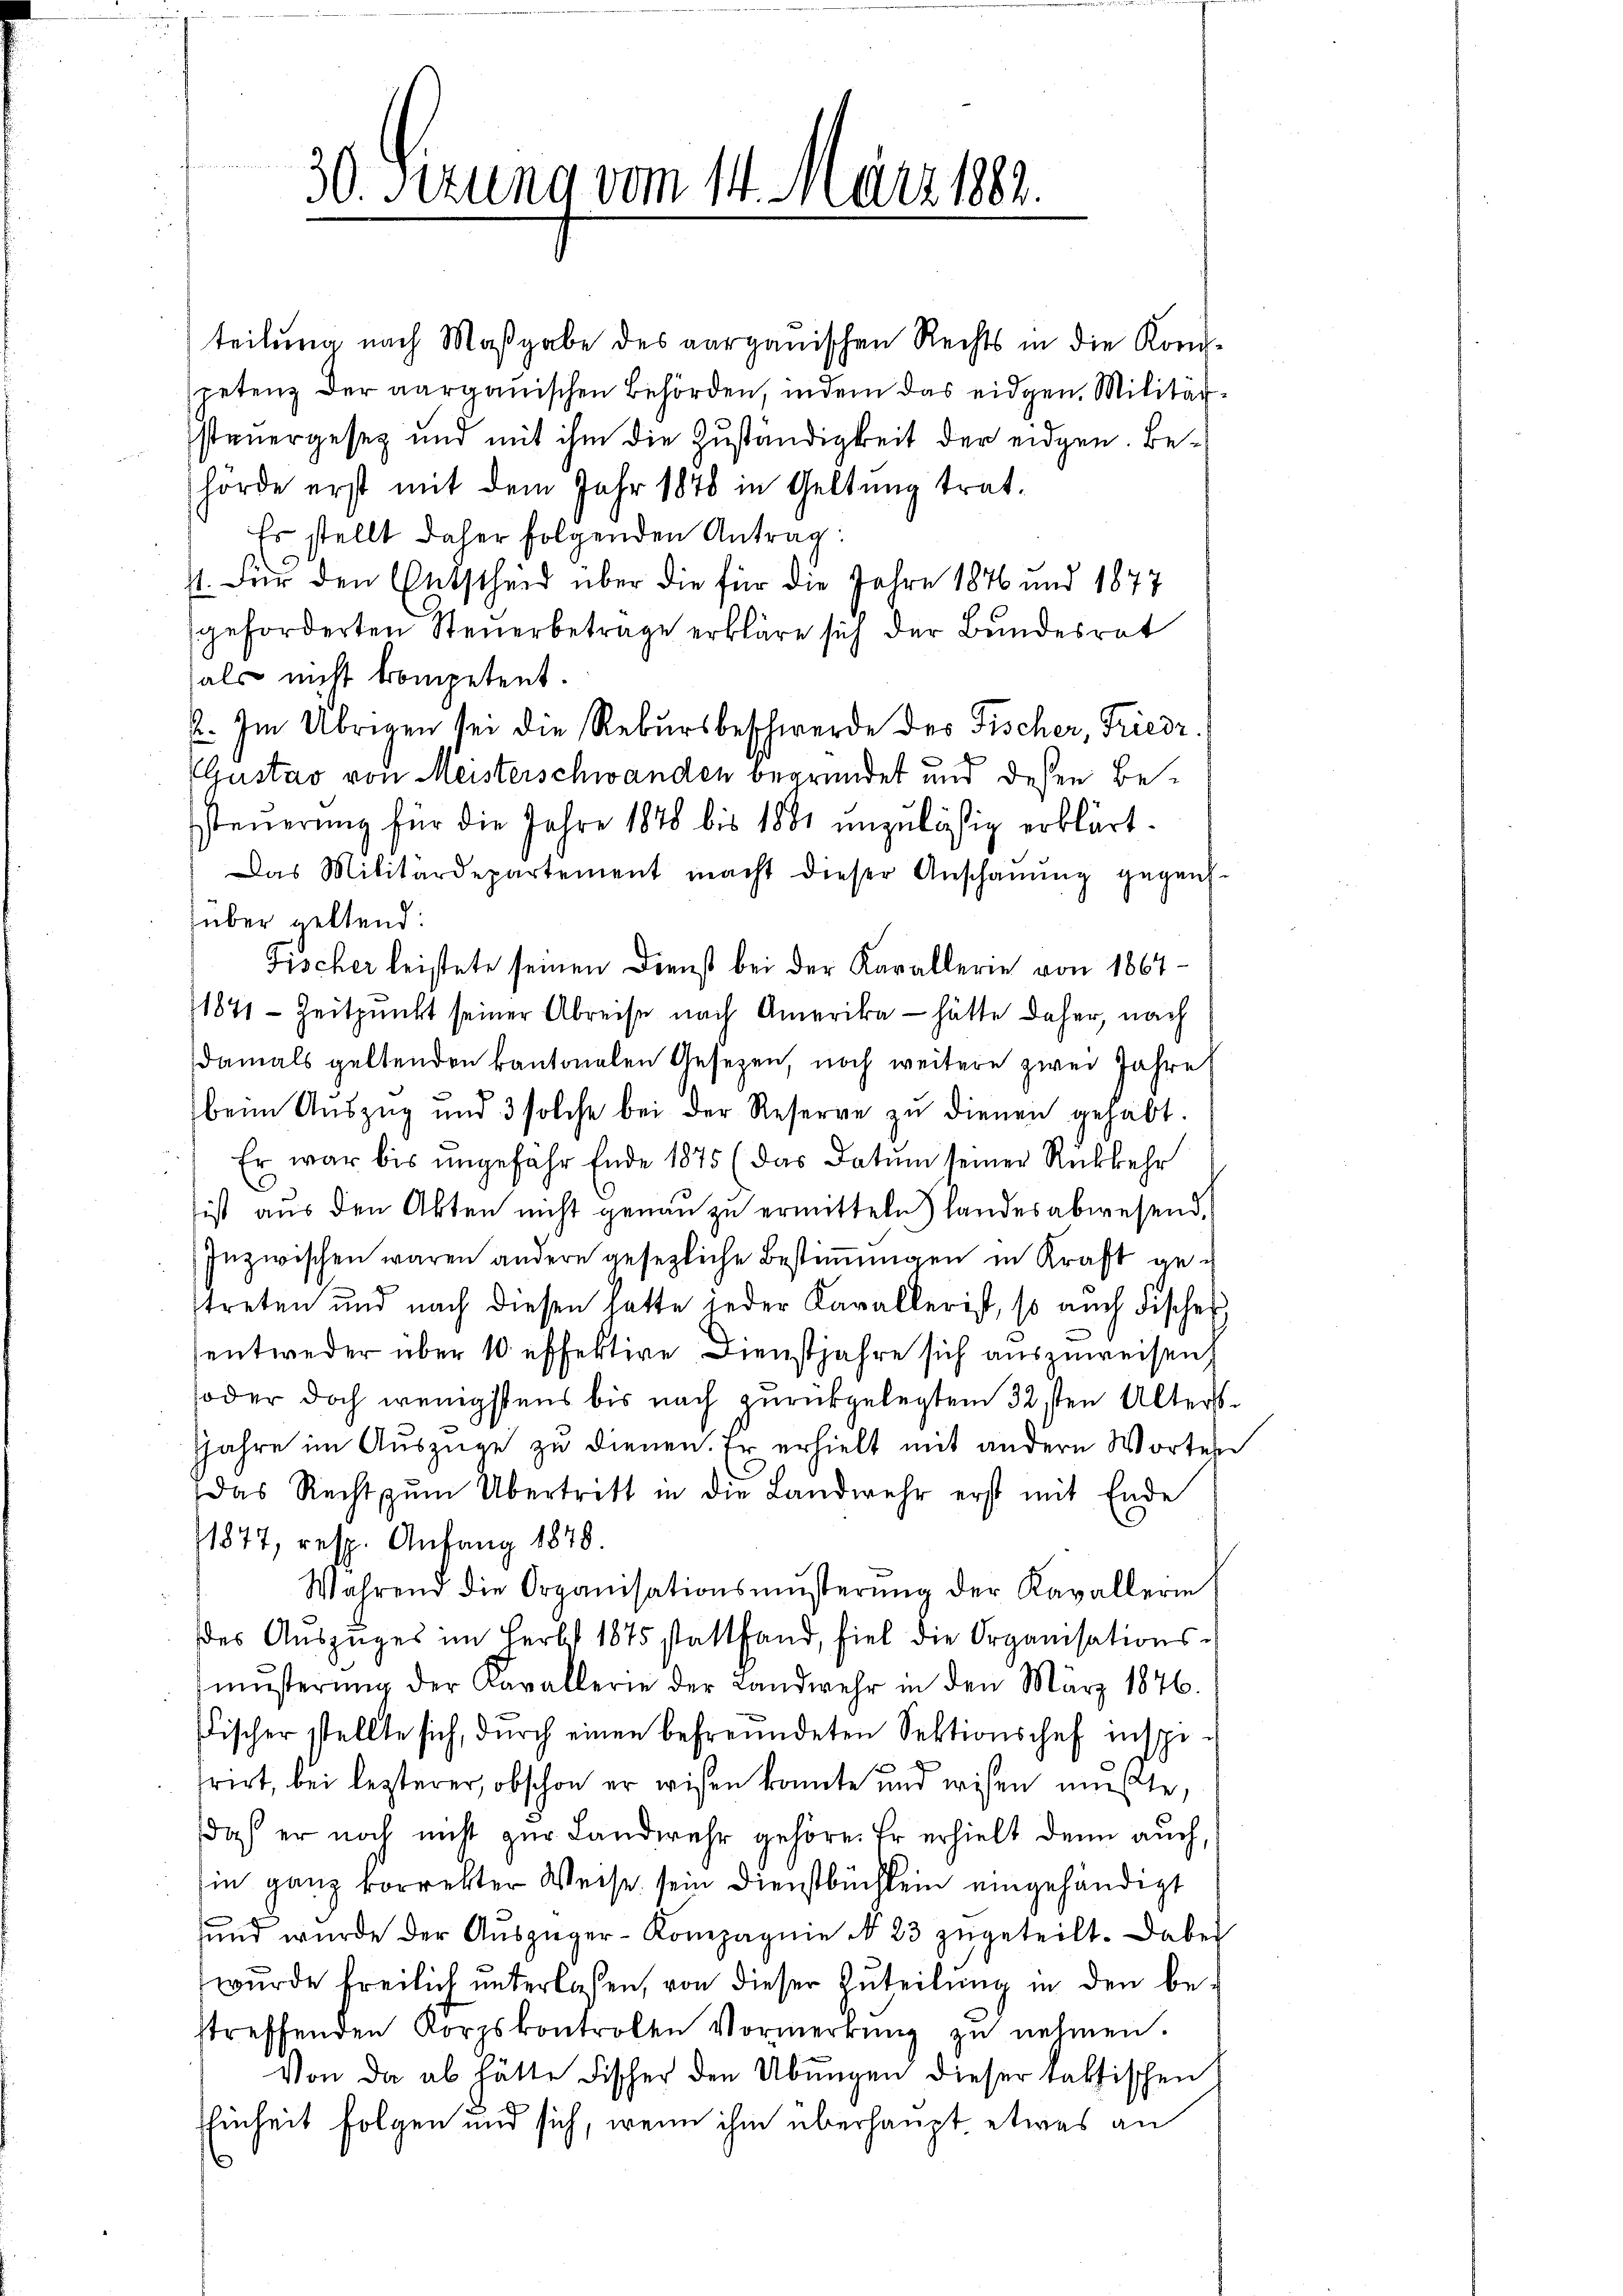
30. Sizung vom 14. März 1882.

teilung nach Maßgabe des aarganischen Rechts in die Konspetenz der aargauischen Behörden, indem das eidgen. Militarsteuergesetz und mit ihm die Zuständigkeit der eidgen. Behörde erst mit dem Jahr 1848 in Geltung trat.
Es stellt daher folgenden Antrag:
41. Für den Entscheid über die für die Jahre 1876 und 1877
geforderten Steuerbetrage erkläre sich der Bundesrat
als nicht kompetent.
2. Im Übrigen sei die Rekursbeschwerde des Fischer, Friedr.
Gustav von Meisterschwanden begründet und dessen Besteuerung für die Jahre 1848 bis 1881 unzulässig erklärt.
Das Militärdepartement macht dieser Anschauung gegens-
über geltend:
Fischer leistete seinen Dienst bei der Karallerie von 1867
1841 - Zeitpunkt seiner Abreise nach Amerika — hätte daher, nach
damals geltenden kantonalen Gesezen, noch weitere zwei Jahre
beim Aŭszŭg und 3 solche bei der Reserve zŭ dienen gehabt.
Er war bis ungefahr Ende 1875 (das Datum seiner Rückkehr
ist aus den Akten nicht genau zu ermitteln) landes abwesend,
Inzwischen waren andere gesezliche Bestimmungen in Kraft getreten und nach diesen hatte jeder Kavallerist, so auch Fisches
entweder über 10 effektive Dienstjahre sich auszuweisen
oder doch wenigstens bis nach zurückgelegten 32sten Alters¬
Jjahre im Auszüge zu dienen. Er erhielt mit andern Worten
Das Recht zŭm Übertrett in die Landwehr erst mit Ende
1877, resp. Anfang 1878.
Während die Organisationsmŭsterŭng der Kavallerin
des Auszuges im Herbst 1875 stattfand, fiel die Organisations-
müsterŭng der Kavallerie der Landwehr in den März 1876.
Fischer stellte sich, dŭrch einen befreundeten Sektionschef inspe-
rirt, bei lezterer, obschon er wissen konnte und wesen mußte,
doch er noch nicht zur Landwehr gehöre. Er erhielt denn auch,
in ganz korrekter Weise sein Dienstbuchlein eingehändigt
ŭnd wurde der Aŭszüger-Kompagnie No 23 zŭgeteilt. Dabei
wurde freilich unterlassen, von dieser Zuteilung in den bestreffenden Korpskontrolen Vormerkŭng zu nehmen.
Von da ab hätte Fischer den Übungen dieser faltischen
Ehinheit folgen und sich, wenn ihm überhaupt etwas an
¬